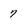
Character: 7